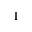
\mathrm { I }